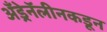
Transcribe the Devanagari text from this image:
अँड्रेनॅलीनकडून